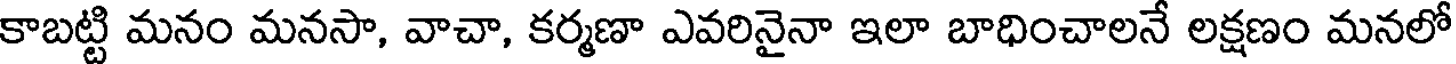
కాబట్టి మనం మనసా, వాచా, కర్మణా ఎవరినైనా ఇలా బాధించాలనే లక్షణం మనలో